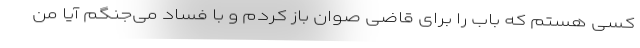
کسی هستم که باب را برای قاضی صوان باز کردم و با فساد می‌جنگم آیا من